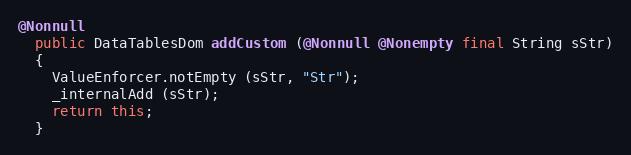
Language: Java
@Nonnull
  public DataTablesDom addCustom (@Nonnull @Nonempty final String sStr)
  {
    ValueEnforcer.notEmpty (sStr, "Str");
    _internalAdd (sStr);
    return this;
  }